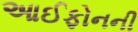
આઈફોનની